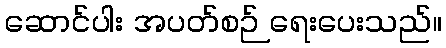
ဆောင်ပါး အပတ်စဉ် ရေးပေးသည်။